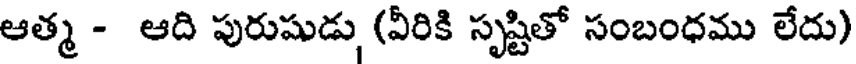
ఆత్మ - ఆది పురుషుడు (వీరికి సృష్టితో సంబంధము లేదు)